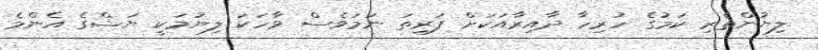
ލިޔުންތެރި ކަމުގެ ހުރިހާ ދާއިރާއަކަށް ފަރިތަ ނަމަވެސް ވާހަކަ ލިޔުމަކީ ޔަޝްގެ އެންމެ